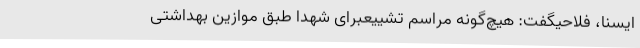
ایسنا، فلاحیگفت: هیچ‌گونه مراسم تشییعبرای شهدا طبق موازین بهداشتی